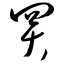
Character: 买